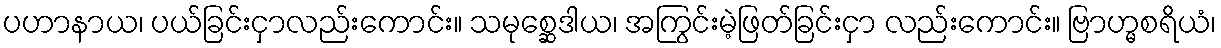
ပဟာနာယ၊ ပယ်ခြင်းငှာလည်းကောင်း။ သမုစ္ဆေဒါယ၊ အကြွင်းမဲ့ဖြတ်ခြင်းငှာ လည်းကောင်း။ ဗြာဟ္မစရိယံ၊